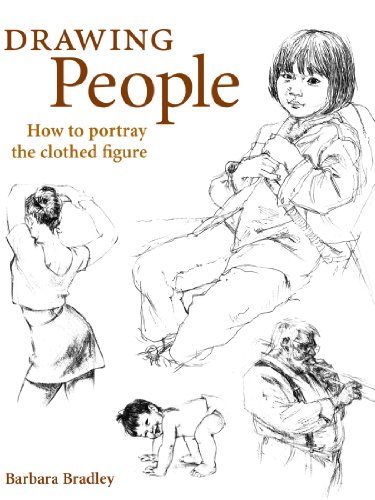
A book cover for Drawing People: How to Portray the Clothed Figure; Barbara Bradley; Arts & Photography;